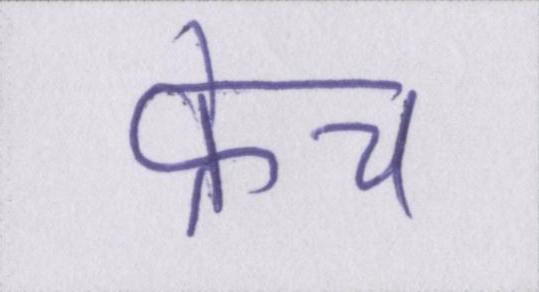
फ्रेंच